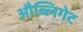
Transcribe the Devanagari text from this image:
औब्लिगेट